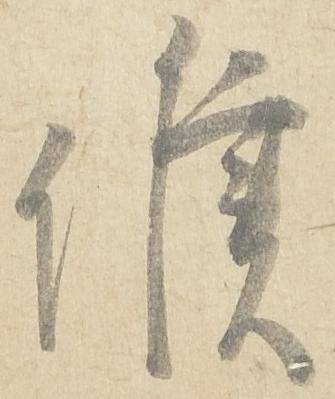
候